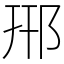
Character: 郉